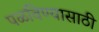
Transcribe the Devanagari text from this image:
पळविण्यासाठी